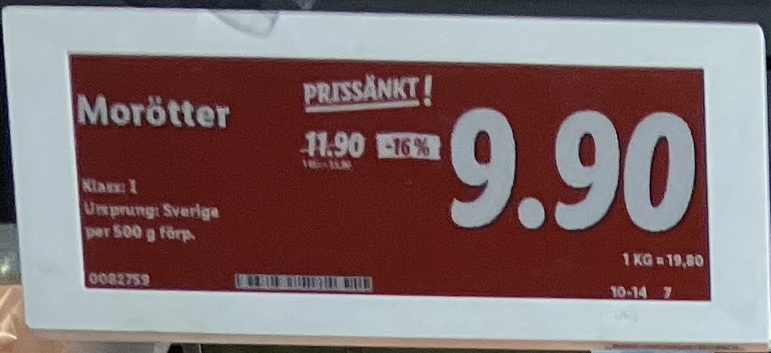
Vara: Morötter
Genomsnittspris: 19.8 per kg